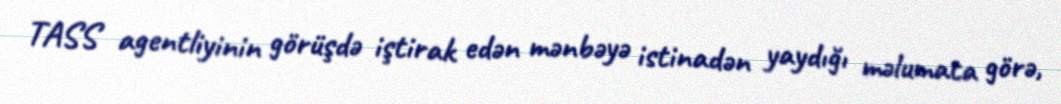
TASS agentliyinin görüşdə iştirak edən mənbəyə istinadən yaydığı məlumata görə,